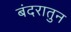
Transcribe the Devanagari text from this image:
बंदरातुन